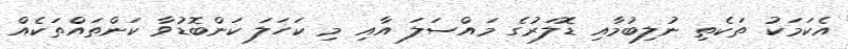
އެކަމަކު ތަކެތި ނުލިބުމާއި ޑޮލަރުގެ މައްސަލަ އާއި މި ކަހަލަ ކަންބޮޑުވާ ކަންތައްތަކެއް